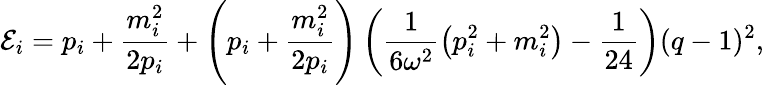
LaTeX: \mathcal{E}_{i}=p_{i}+\frac{{m_{i}^{2}}}{{2p_{i}}}+\left(p_{i}+\frac{{m_{i}^{2}}}{{2p_{i}}}\right)\left(\frac{{1}}{{6\omega^{2}}}\left(p_{i}^{2}+m_{i}^{2}\right)-\frac{{1}}{{24}}\right)(q-1)^{2},